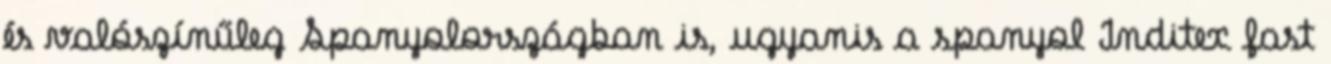
és valószínűleg Spanyolországban is, ugyanis a spanyol Inditex fast